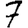
Digit: 7